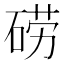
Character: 𮀤